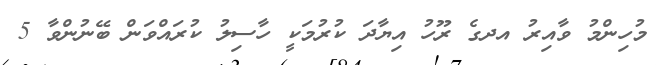
މުހިންމު ވާއިރު އދގެ ރޫހު އިޔާދަ ކުރުމަކީ ހާސިލު ކުރައްވަން ބޭނުންވާ 5